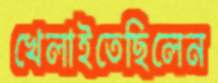
খেলাইতেছিলেন